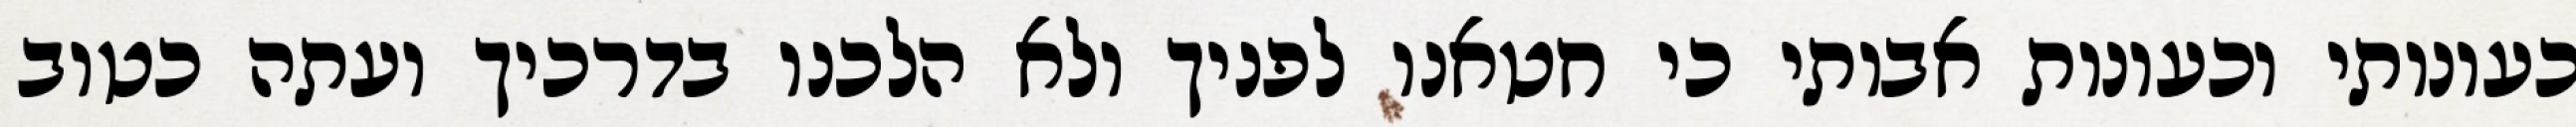
כעונותי וכעונות אבותי כי חטאנו לפניך ולא הלכנו בדרכיך ועתה כטוב